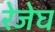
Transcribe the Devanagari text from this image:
रेजेघ